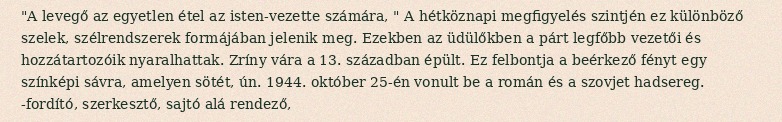
"A levegő az egyetlen étel az isten-vezette számára, " A hétköznapi megfigyelés szintjén ez különböző szelek, szélrendszerek formájában jelenik meg. Ezekben az üdülőkben a párt legfőbb vezetői és hozzátartozóik nyaralhattak. Zríny vára a 13. században épült. Ez felbontja a beérkező fényt egy színképi sávra, amelyen sötét, ún. 1944. október 25-én vonult be a román és a szovjet hadsereg. -fordító, szerkesztő, sajtó alá rendező,